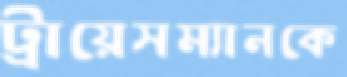
ট্রায়েসম্যানকে